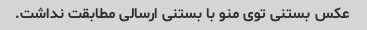
عکس بستنی توی منو با بستنی ارسالی مطابقت نداشت.